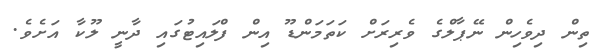
ތިން ދިވެހިން ނޭޕާލްގެ ވެރިރަށް ކަތަމަންޑޫ އިން ފްލައިޓުގައި ދާނީ ލޫކާ އަށެވެ.